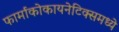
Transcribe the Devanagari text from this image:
फार्माकोकायनेटिक्समध्ये